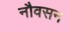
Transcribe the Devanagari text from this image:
नौवसन